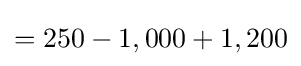
=250-1,000+1,200